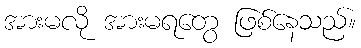
အားမလို အားမရတွေ ဖြစ်နေသည်။